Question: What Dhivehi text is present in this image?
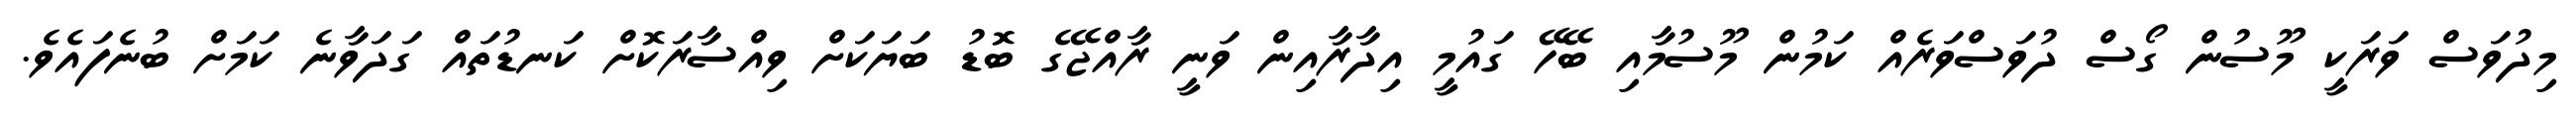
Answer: މިދުވަސް ވަރަކީ މޫސުން ގޯސް ދުވަސްވަރެއް ކަމުން މޫސުމާއި ބޭހޭ ގައުމީ އިދާރާއިން ވަނީ ރާއްޖޭގެ ބޮޑު ބަޔަކަށް ވިއްސާރަކޮށް ކަނޑުތައް ގަދަވާނެ ކަމަށް ބުނެފައެވެ.